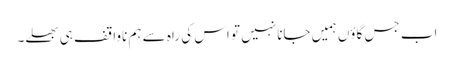
اب جس گاؤں ہمیں جانا نہیں تو اس کی راہ سے ہم ناواقف ہی بھلے۔